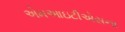
એમઆઇટીએસના